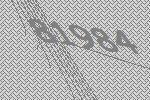
81984